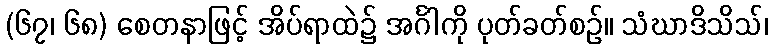
(၆၇၊ ၆၈) စေတနာဖြင့် အိပ်ရာထဲ၌ အင်္ဂါကို ပုတ်ခတ်စဉ်။ သံဃာဒိသိသ်၊